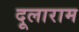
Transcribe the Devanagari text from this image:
दूलाराम